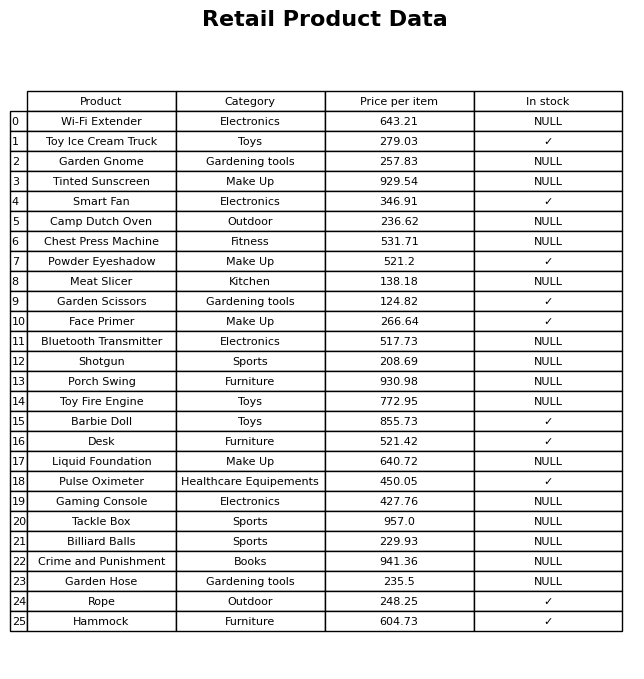
question: Is the Barbie Doll in stock?
answer: ✓